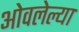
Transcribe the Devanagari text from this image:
ओवलेल्या